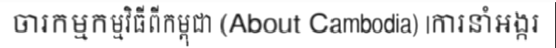
ចារកម្មកម្មវិធីពីកម្ពុជា (About Cambodia) |ការនាំអង្ករ